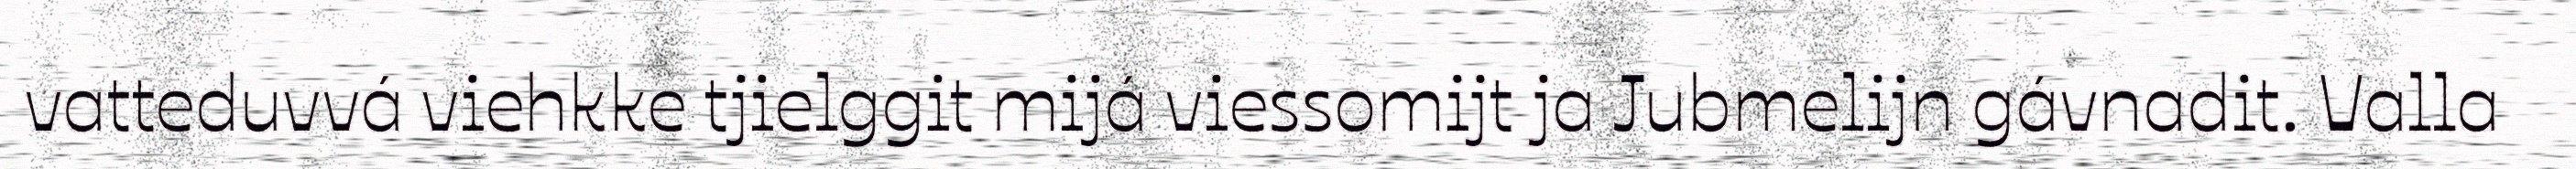
vatteduvvá viehkke tjielggit mijá viessomijt ja Jubmelijn gávnadit. Valla